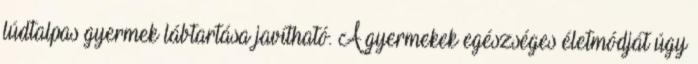
lúdtalpas gyermek lábtartása javítható. A gyermekek egészséges életmódját úgy